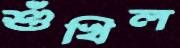
শুঁখিল